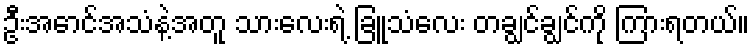
ဦးအောင်အသံနဲ့အတူ သားလေးရဲ့ ခြူသံလေး တချွင်ချွင်ကို ကြားရတယ်။